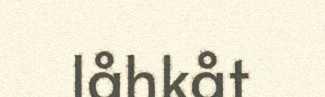
låhkåt